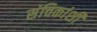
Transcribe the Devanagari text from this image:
संचिकांशी